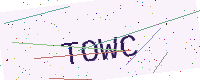
Text: TOWC